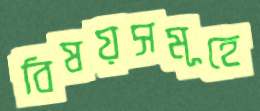
বিষয়সমূহে